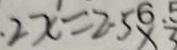
2 x = 2 . 5 \times 3